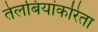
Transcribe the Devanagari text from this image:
तेलबियांकरिता